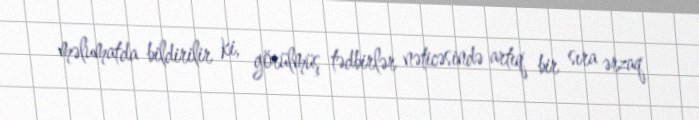
məlumatda bildirilir ki, görülmüş tədbirlər nəticəsində artıq bir sıra ərzaq